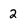
Character: 2